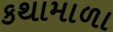
કથામાળા